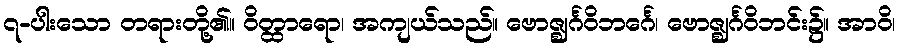
၇-ပါးသော တရားတို့၏။ ဝိတ္ထာရော၊ အကျယ်သည်။ ဗောဇ္ဈင်္ဂဝိဘင်္ဂေ၊ ဗောဇ္ဈင်္ဂဝိဘင်း၌။ အာဝိ၊